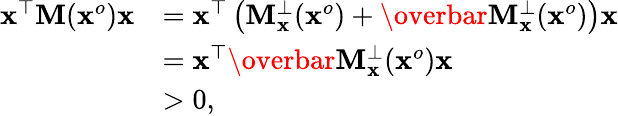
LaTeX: \begin{array}{rl}{{\mathbf x}^{\top}{\mathbf M}({\mathbf x}^{o}){\mathbf x}}&{={\mathbf x}^{\top}\left({\mathbf M}_{\mathbf x}^{\perp}({\mathbf x}^{o})+\overbar{{{\mathbf M}}_{\mathbf x}^{\perp}}({\mathbf x}^{o})\right){\mathbf x}}\\ &{={\mathbf x}^{\top}\overbar{{{\mathbf M}}_{\mathbf x}^{\perp}}({\mathbf x}^{o}){\mathbf x}}\\ &{>0,}\end{array}